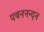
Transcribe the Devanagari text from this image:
पवननन्दन